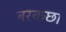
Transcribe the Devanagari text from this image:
बरकछा